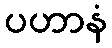
ပဟာနံ